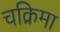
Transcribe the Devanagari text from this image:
चक्रिमा